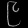
Digit: ၉